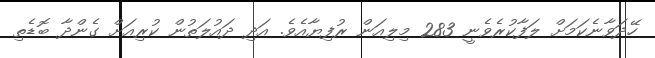
ހޭދަވާނެކަމަށް ލަފާކުރެވެނީ 283 މިލިއަން ރުފިޔާއެވެ. އަދި ދައުލަތުން ކުރިއަށް ގެންދާ ބޮޑެތި